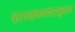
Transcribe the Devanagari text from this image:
प्रयत्नांनंतरसुद्धा